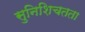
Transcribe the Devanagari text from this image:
सुनिशिचतता